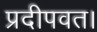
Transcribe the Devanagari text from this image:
प्रदीपवत।